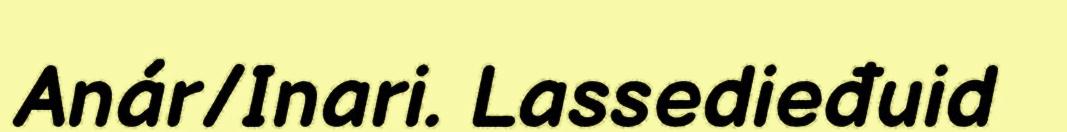
Anár/Inari. Lassedieđuid